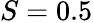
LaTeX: S=0.5